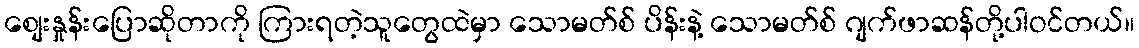
စျေးနှုန်းပြောဆိုတာကို ကြားရတဲ့သူတွေထဲမှာ သောမတ်စ် ပိန်းနဲ့ သောမတ်စ် ဂျက်ဖာဆန်တို့ပါဝင်တယ်။